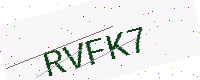
Text: RVFK7